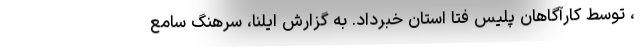
، توسط کارآگاهان پلیس فتا استان خبرداد. به گزارش ایلنا، سرهنگ سامع